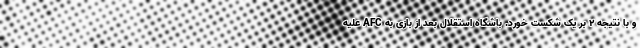
و با نتیجه 2 بر یک شکست خورد. باشگاه استقلال بعد از بازی به AFC علیه